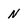
Character: N